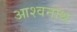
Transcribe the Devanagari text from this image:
आश्वनाथ